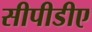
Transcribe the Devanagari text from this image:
सीपीडीए